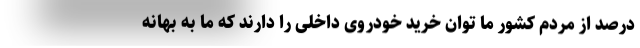
درصد از مردم کشور ما توان خرید خودروی داخلی را دارند که ما به بهانه